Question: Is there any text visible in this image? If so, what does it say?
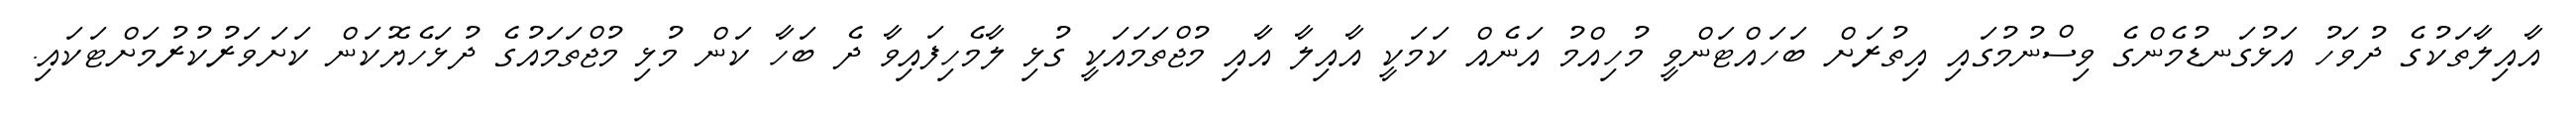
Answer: އާއިލާތަކުގެ ދުވަހު އަޅުގަނޑުމެންގެ ވިސްނުމުގައި އިތުރަށް ބަހައްޓަންވީ މުހިއްމު އަނެއް ކަމަކީ އާއިލާ އާއި މުޖްތަމައަކީ ގުޅި ލާމެހިފައިވާ ދެ ބަހާ ކަން މުޅި މުޖްތަމައުގެ ދުޅަހެޔޮކަން ކަށަވަރުކުރުމަށްޓަކައި.